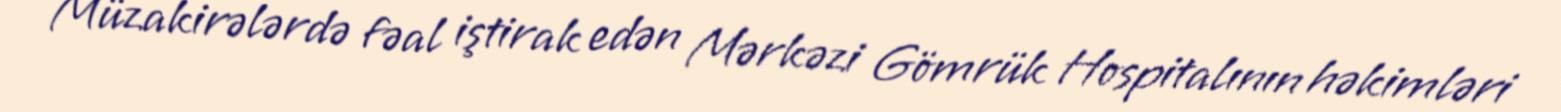
Müzakirələrdə fəal iştirak edən Mərkəzi Gömrük Hospitalının həkimləri